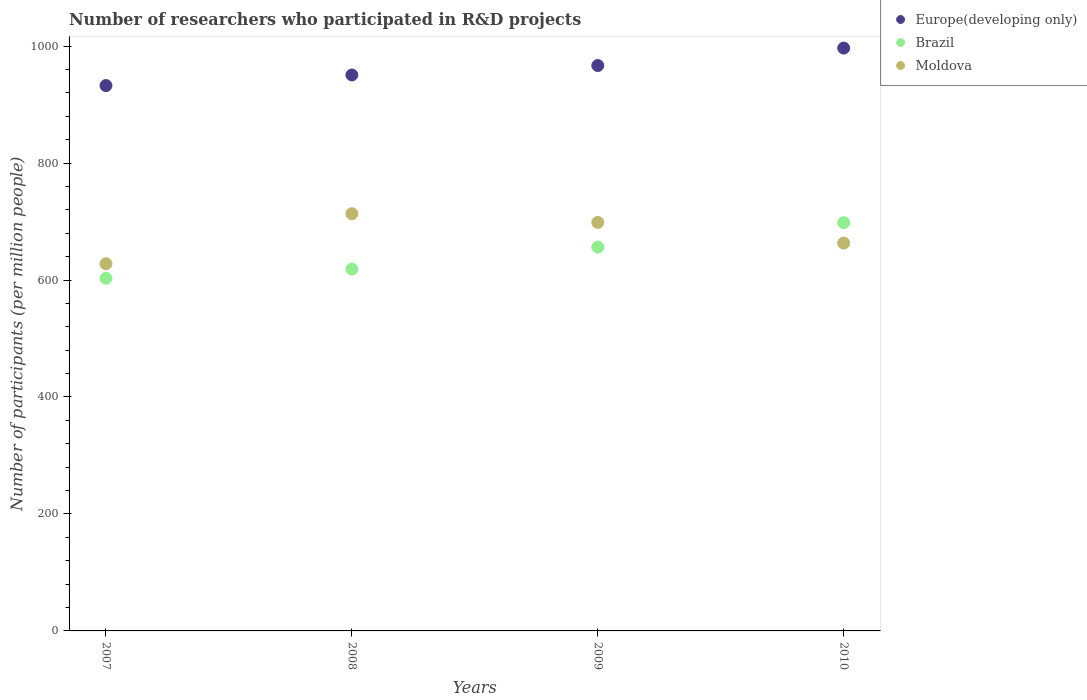
| Years | Europe(developing only) | Brazil | Moldova |
 | --- | --- | --- | --- |
 | 2007 | 932 | 603 | 628 |
 | 2008 | 951 | 619 | 713 |
 | 2009 | 967 | 656 | 699 |
 | 2010 | 997 | 698 | 663 |